Annual report of the Bengal Veterinary College, and of the Civil Veterinary Department, Bengal, for the year 1901-1902 - 1901-1902
Year: 1901
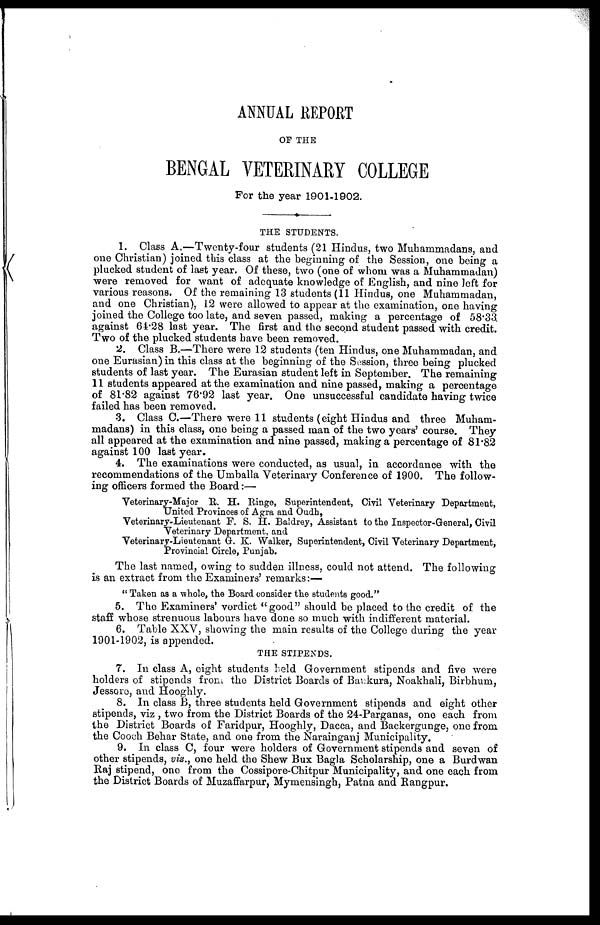
ANNUAL REPORT
OF THE
BENGAL VETERINARY COLLEGE
For the year 1901-1902.
THE STUDENTS.
1. Class A.—Twenty-four students (21 Hindus, two Muhammadans, and
one Christian) joined this class at the beginning of the Session, one being a
plucked student of last year. Of these, two (one of whom was a Muhammadan)
were removed for want of adequate knowledge of English, and nine left for
various reasons. Of the remaining 13 students (11 Hindus, one Muhammadan,
and one Christian), 12 were allowed to appear at the examination, one having
joined the College too late, and seven passed, making a percentage of 58'33
against 64.28 last year. The first and the second student passed with credit.
Two of the plucked students have been removed.
2. Class B.—There were 12 students (ten Hindus, one Muhammadan, and
one Eurasian) in this class at the beginning of the Session, three being plucked
students of last year. The Eurasian student left in September. The remaining
11 students appeared at the examination and nine passed, making a percentage
of 81.82 against 76.92 last year. One unsuccessful candidate having twice
failed has been removed.
3. Class C.—There were 11 students (eight Hindus and three Muham-
madans) in this class, one being a passed man of the two years' course. They
all appeared at the examination and nine passed, making a percentage of 81.82
against 100 last year.
4. The examinations were conducted, as usual, in accordance with the
recommendations of the Umballa Veterinary Conference of 1900. The follow-
ing officers formed the Board:—
Veterinary-Major R. H. Ringe, Superintendent, Civil Veterinary Department,
United Provinces of Agra and Oudh,
Veterinary-Lieutenant F. S. H, Baldrey, Assistant to the Inspector-General, Civil
Veterinary Department, and
Veterinary-Lieutenant G. K. Walker, Superintendent, Civil Veterinary Department,
Provincial Circle, Punjab.
The last named, owing to sudden illness, could not attend. The following
is an extract from the Examiners' remarks:—
" Taken as a whole, the Board consider the students good."
5. The Examiners' verdict "good" should be placed to the credit of the
staff whose strenuous labours have done so much with indifferent material.
6. Table XXV, showing the main results of the College during the year
1901-1902, is appended.
THE STIPENDS.
7. In class A, eight students held Government stipends and five were
holders of stipends from the District Boards of Baukura, Noakhali, Birbhum,
Jessore, and Hooghly.
8. In class B, three students held Government stipends and eight other
stipends, viz , two from the District Boards of the 24-Parganas, one each from
the District Boards of Faridpur, Hooghly, Dacca, and Backergunge, one from
the Cooch Behar State, and one from the Narainganj Municipality.
9. In class C, four were holders of Government stipends and seven of
other stipends, vis., one held the Shew Bux Bagla Scholarship, one a Burdwan
Raj stipend, one from the Cossipore-Chitpur Municipality, and one each from
the District Boards of Muzaffarpur, Mymensingh, Patna and Rangpur.